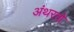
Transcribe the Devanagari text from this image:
अंथरतो